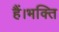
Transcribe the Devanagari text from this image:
हैं।भक्ति